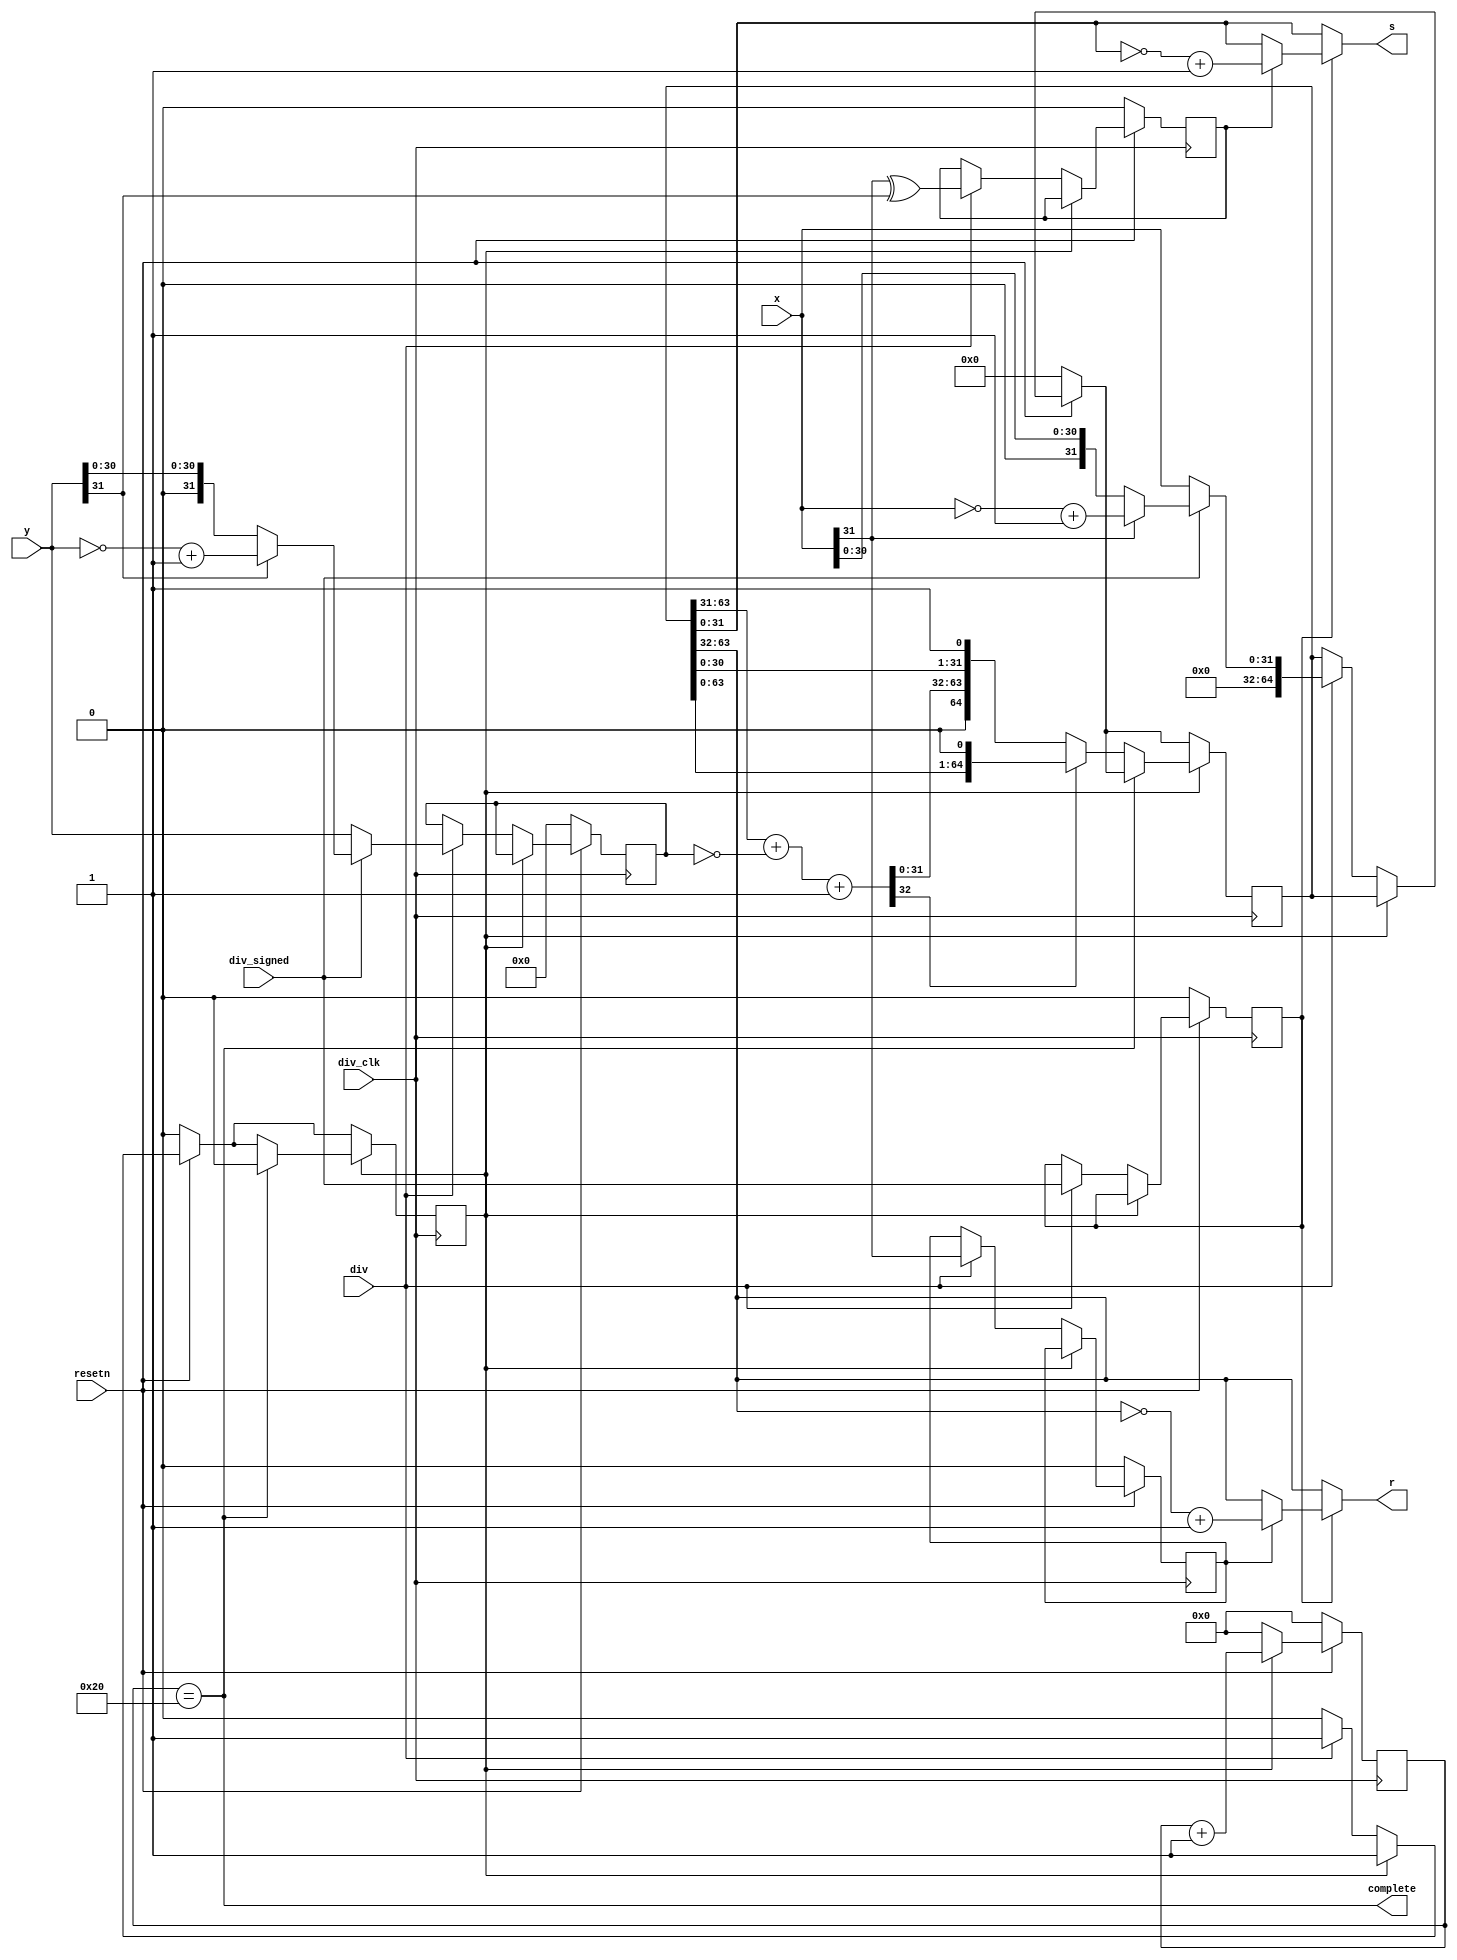
module divider
(
    input div_clk, //
    input resetn, //
    input div, // 0
    input div_signed, //
    input [31:0] x, //
    input [31:0] y, //
    output [31:0] s, //
    output [31:0] r, //
    output complete // count 33
);

reg [6:0] counter;
reg in_div;

//div_signed!!

wire [31:0] x_abs = div_signed?(x[31]?(~x+1):x):x;
wire [31:0] y_abs = div_signed?(y[31]?(~y+1):y):y;


wire sign = x[31]^y[31];
reg result_sign;
reg dividend_sign;
reg div_signed_reg;
reg [64:0] result_reg;
reg [31:0] x_abs_reg;
reg [31:0] y_abs_reg;
wire [31:0] dividend = result_reg[63:32];
wire [31:0] quotient = result_reg[31:0];

wire [32:0] abssub = result_reg[63:31]+(~{1'b0,y_abs_reg[31:0]})+1;

always@(posedge div_clk)begin
    if(!resetn) begin
        counter <= 6'd0;
        in_div <= 0;
        x_abs_reg <= 32'b0;
        y_abs_reg <= 32'b0;
        result_reg <= 1'b0;
        result_sign <= 1'b0;
        dividend_sign <= 1'b0;
        div_signed_reg <= 1'b0;
    end else begin
        if(in_div)begin
            counter <= counter + 1;
        end else begin
            counter <= 6'b0;
            if(div) begin
                in_div <= 1;
                result_sign <= sign;
                dividend_sign <= x[31];
                result_reg <= {32'b0,x_abs};
                x_abs_reg <= x_abs;
                y_abs_reg <= y_abs;
                div_signed_reg <= div_signed;
            end
        end
    end

    if(in_div) begin
        if(counter == 32) begin
            in_div <= 0;
            //todo: get result   
        end else begin
            if(abssub[32]) begin
                //quotient<-0
                result_reg <= {result_reg[63:0],1'b0};
            end else begin
                //quotient<-1
                result_reg <= {abssub,result_reg[30:0],1'b1};
            end
        end 
    end
end



// result_sign//q
// dividend_sign//d

assign complete = counter==32;
assign s = div_signed_reg?
    (result_sign?(~result_reg[31:0]+1):result_reg[31:0]):
    result_reg[31:0];
assign r = div_signed_reg?
    (dividend_sign?(~result_reg[63:32]+1):result_reg[63:32]):
    result_reg[63:32];

endmodule